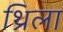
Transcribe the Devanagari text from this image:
थ्रिला